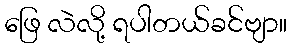
ဖြေ လဲလို့ ရပါတယ်ခင်ဗျာ။